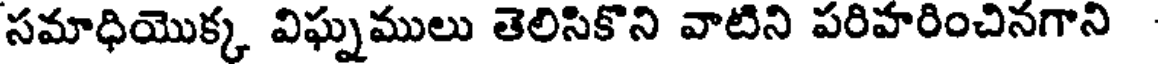
సమాధియొక్క విఘ్నములు తెలిసికొని వాటిని పరిహరించినగాని